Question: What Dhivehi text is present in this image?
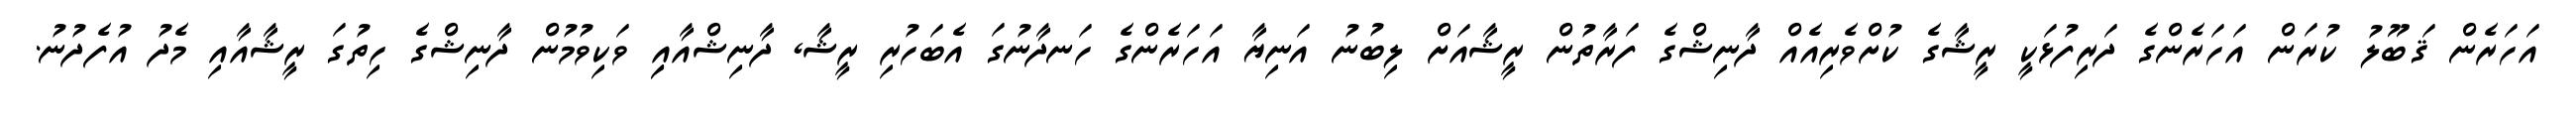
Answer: އަހަރެން ޤަބޫލު ކުރަން އަހަރެންގެ ދަރިފުޅަކީ ރީޝާގެ ކުށްވެރިއެއް ދާނިޝްގެ ފަރާތުން ރީޝާއަށް ލިބުނު އަނިޔާ އަހަރެންގެ ހަނދާނުގަ އެބަހުރި ރީޝާ, ދާނިޝްއާއިި ވަކިވުމުން ދާނިޝްގެ ހިތުގަ ރީޝާއާއި މެދު އުފެދުނު.